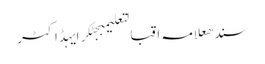
سندھعلامہ اقبالتعلیمبجٹکرایہڈاکٹر